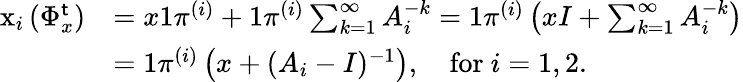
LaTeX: \begin{array}{rl}{\mathrm{x}_{i}\left(\Phi_{x}^{\mathsf{t}}\right)}&{=x\mathrm{1}\pi^{(i)}+\mathrm{1}\pi^{(i)}\sum_{k=1}^{\infty}A_{i}^{-k}=\mathrm{1}\pi^{(i)}\left(xI+\sum_{k=1}^{\infty}A_{i}^{-k}\right)}\\ &{=\mathrm{1}\pi^{(i)}\left(x+(A_{i}-I)^{-1}\right),\quad\mathrm{for~}i=1,2.}\end{array}